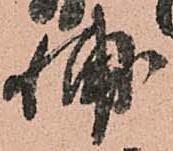
輔